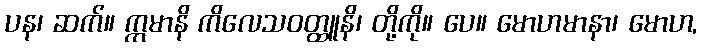
ပန၊ ဆက်။ ဣမာနိ ကိလေသဝတ္ထူနိ၊ တို့ကို။ ပေ။ မောဟမာနာ၊ မောဟ,